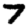
Digit: 7